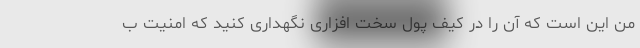
من این است که آن را در کیف پول سخت افزاری نگهداری کنید که امنیت ب